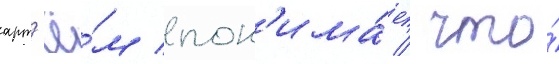
арт'ё́м пон'има́ет / что́